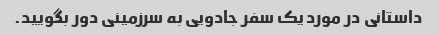
داستانی در مورد یک سفر جادویی به سرزمینی دور بگویید.